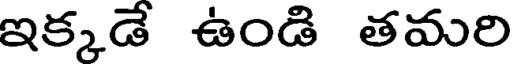
ఇక్కడే ఉండి తమరి